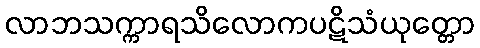
လာဘသက္ကာရသိလောကပဋိသံယုတ္တော